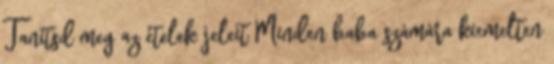
Tanítsd meg az ételek jeleit Minden baba számára kiemelten